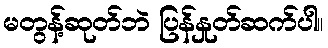
မတွန့်ဆုတ်ဘဲ ပြန်နှုတ်ဆက်ပါ။